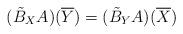
LaTeX: \begin{align*}(\tilde{B}_X{A})(\overline{Y})=(\tilde{B}_Y{A})(\overline{X})\end{align*}